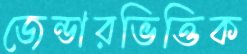
জেন্ডারভিত্তিক